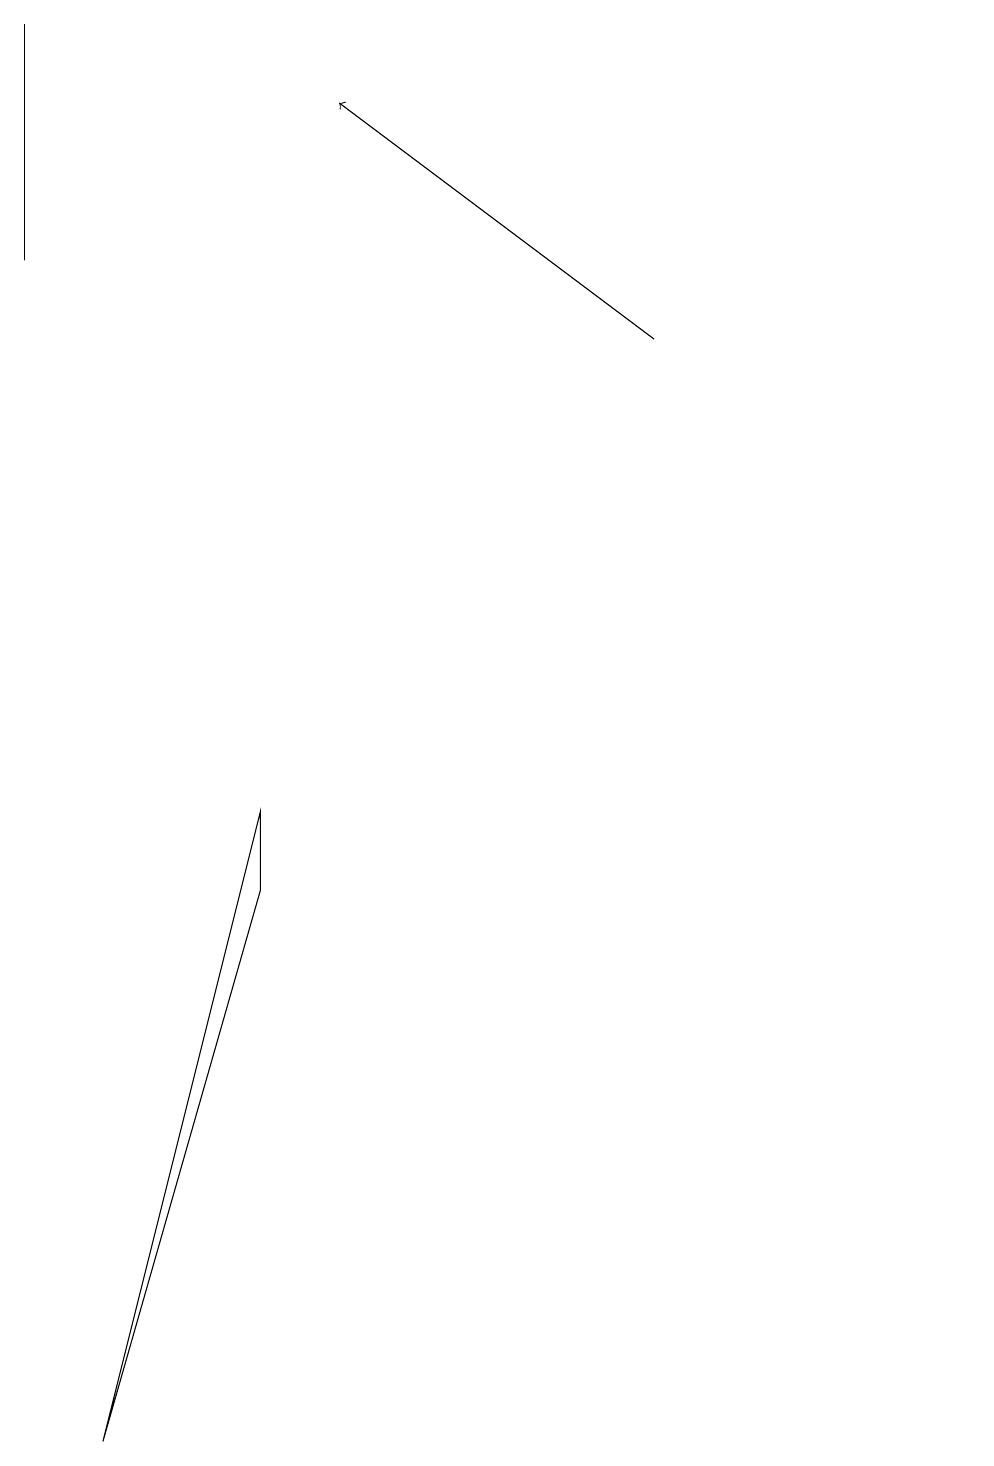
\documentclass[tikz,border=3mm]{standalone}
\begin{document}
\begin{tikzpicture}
\draw (3,8) -- (1,0) -- (3,7) -- cycle;
\draw (0,15) rectangle (0,18);
\draw (12,10) circle (0);
\draw[->] (8,14) -- (4,17);
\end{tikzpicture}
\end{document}